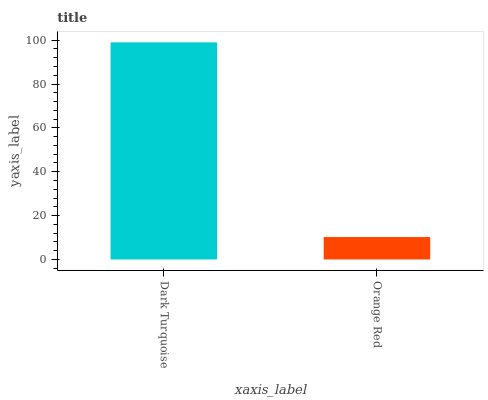
| xaxis_label | bars |
 | --- | --- |
 | Dark Turquoise | 99 |
 | Orange Red | 10.2 |